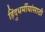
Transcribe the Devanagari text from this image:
हिंदुधर्मीयांसाठी